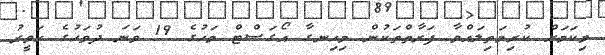
މިކަމަށް ކުރިމަތިލައްވާ ފަރާތްތަކުން މިހިނގާ އޯގަސްޓް މަހުގެ 19 ވަނަ ދުވަހުގެ ހަވީރު